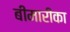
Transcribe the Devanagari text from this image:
बीमारीका